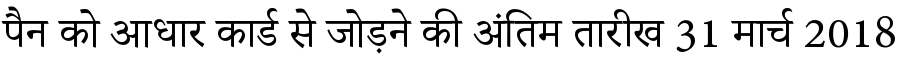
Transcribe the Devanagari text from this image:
पैन को आधार कार्ड से जोड़ने की अंतिम तारीख 31 मार्च 2018